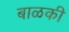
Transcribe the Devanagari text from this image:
बाळकी